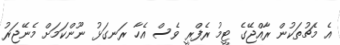
އެ މެޗުތަކުން ރާއްޖޭގެ ޓީމު ރެފްރީ ވެސް އެހާ ރަނގަޅު ނޫންކަމަށް މެނޭޖަރު